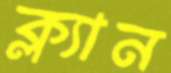
ক্ল্যান